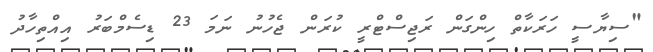
"ސިޔާސީ ހަރަކާތް ހިންގަން ރަޖިސްޓްރީ ކުރަން ޖެހުނު ނަމަ 23 ޑިސެމްބަރު އިއްތިހާދު